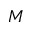
M